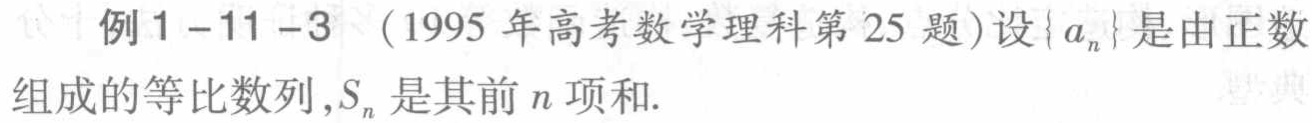
例1 - 11 - 3 （1995年高考数学理科第25题）设\(\{a_{n}\}\)是由正数组成的等比数列，\(S_{n}\)是其前\(n\)项和.